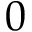
0